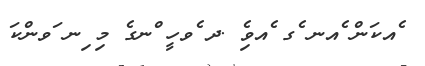
ެއކަން ެއނ ެގ ެއވެި .ދ ެވހީ ްނގެ މި ިނ ަވންކަ